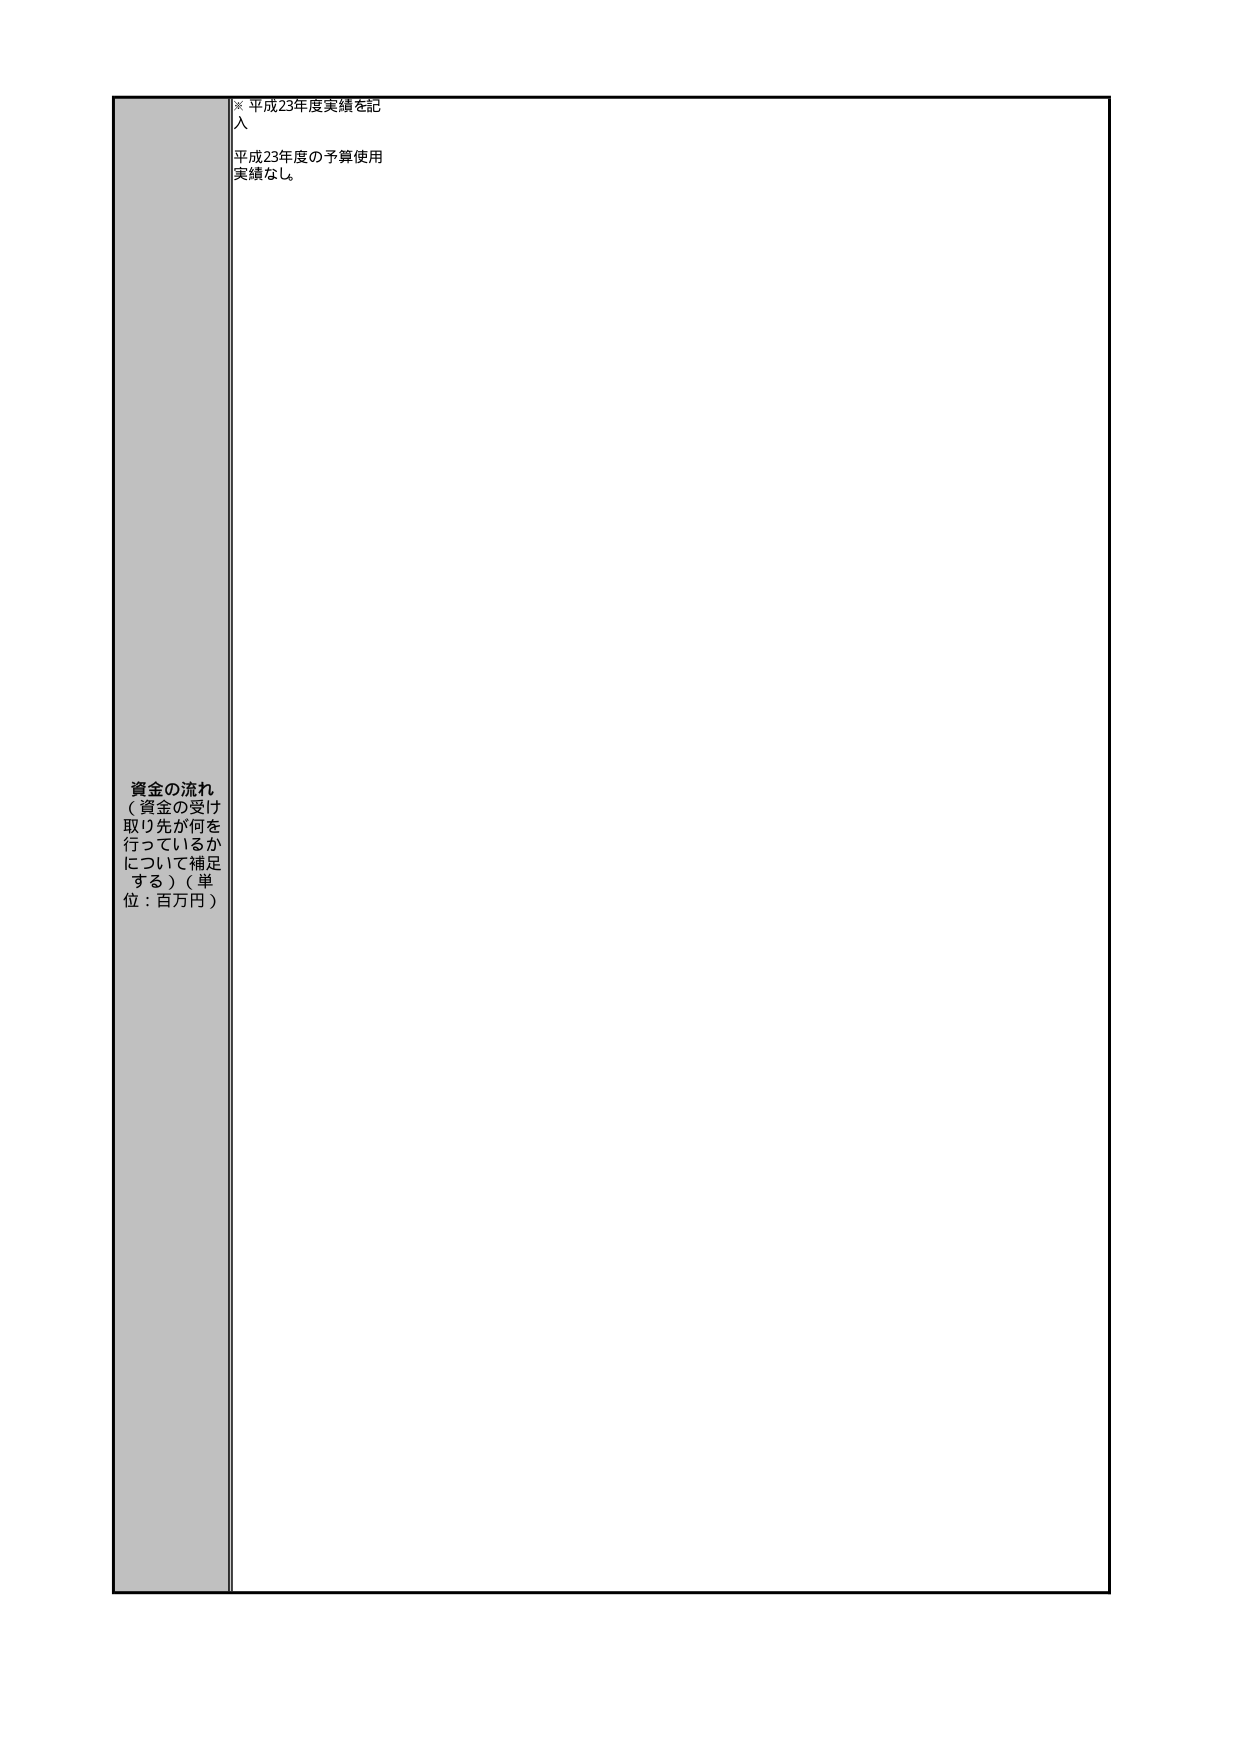
※ 平成23年度実績を記入
平成23年度の予算使用実績なし。

資金の流れ
（資金の受け取り先が何を行っているかについて補足する）（単位：百万円）